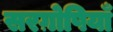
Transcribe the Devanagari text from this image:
सरग़ोषियाँ